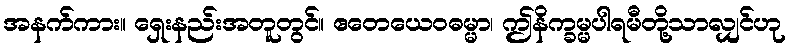
အနက်ကား။ ရှေးနည်းအတူတွင်။ ဧတေယေဝဓမ္မာ၊ ဤနိက္ခမ္မပါရမီတို့သာလျှင်ဟု